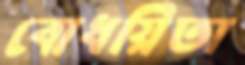
বোধয়িতা